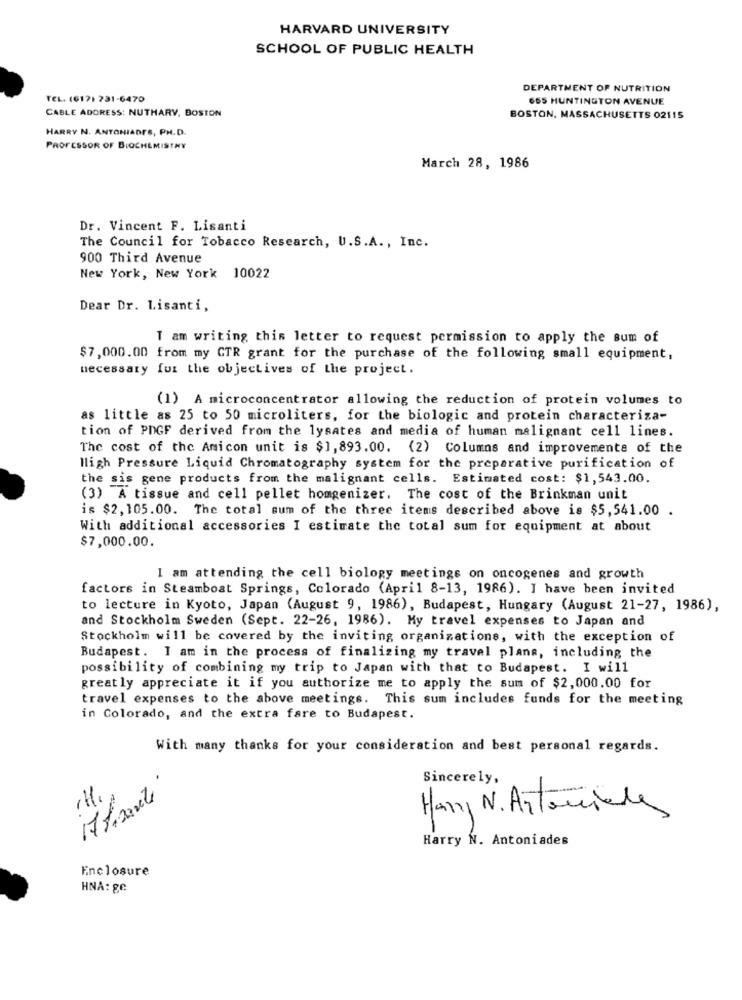
HARVARD UNIVERSITY
SCHOOL OF PUBLIC HEALTH
DEPARTMENT OF NUTRITION
TEL. (617) 731-6470
GOS HUNTINGTON AVENUE
CABLE ADDRESS: NUTHARY, BOSTON
BOSTON, MASSACHUSETTS 02115
HARRY N. ANTONIADES, PH.D.
PROFESSOR OF BIOCHEMISTRY
March 28, 1986
Dr. Vincent F. Lisanti
The Council for Tobacco Research, U.S.A ., Inc.
900 Third Avenue
New York, New York 10022
Dear Dr. Lisanti,
T am writing this letter to request permission to apply the sum of
$7,000.00 from my CTR grant for the purchase of the following small equipment,
necessary fui the objectives of the project.
(1) A microconcentrator allowing the reduction of protein volumes to
as little as 25 to 50 microliters, for the biologic and protein characteriza-
tion of POGF derived from the lysates and media of human malignant cell lines.
The cost of the Amicon unit is $1, 893.00. (2) Columns and improvements of the
High Pressure Liquid Chromatography system for the preparative purification of
the sis gene products from the malignant cells. Estimated cost: $1,543.00.
(3) A tissue and cell pellet homgenizer. The cost of the Brinkman unit
is $2,105.00. The total sum of the three items described above is $5,541.00.
With additional accessories I estimate the total sum for equipment at about
$7,000.00.
I am attending the cell biology meetings on oncogenes and growth
factors in Steamboat Springs, Colorado (April 8-13, 1986). I have been invited
to lecture in Kyoto, Japan (August 9, 1986), Budapest, Hungary (August 21-27, 1986),
and Stockholm Sweden (Sept. 22-26, 1986). My travel expenses to Japan and
Stockholm will be covered by the inviting organizations, with the exception of
Budapest. I am in the process of finalizing my travel plans, including the
possibility of combining my trip to Japan with that to Budapest. I will
greatly appreciate it if you authorize me to apply the sum of $2,000.00 for
travel expenses to the above meetings. This sum includes funds for the meeting
in Colorado, and the extra fare to Budapest.
With many thanks for your consideration and best personal regards.
Sincerely,
17 tirante
Harry N. Antoniale
Harry N. Antoniades
Enclosure
HNA: ge